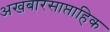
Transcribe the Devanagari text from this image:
अखबारसाप्ताहिक